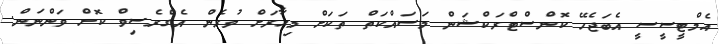
އެމްޓީސީސީ އެބަޖެހޭ ކޮންސްޓްރަކްޝަން މަސައްކަތް ތަކަށް މިހާރަށް ވުރެން އެގްރެސިވް ކޮށް ވަންނަން.